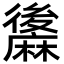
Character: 䵈